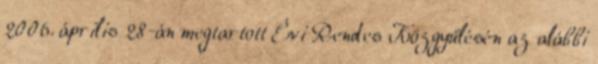
2006. április 28-án megtartott Évi Rendes Közgyűlésén az alábbi